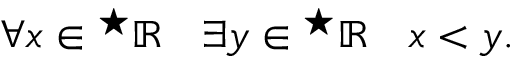
\forall x \in { } ^ { \star } \mathbb { R } \quad \exists y \in { } ^ { \star } \mathbb { R } \quad x < y .